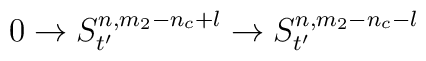
0 \rightarrow S^{n,m_2-n_c+l}_{t'} \rightarrow S^{n,m_2-n_c-l}_{t'}